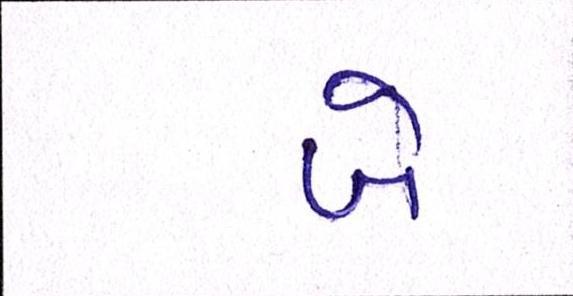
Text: બે